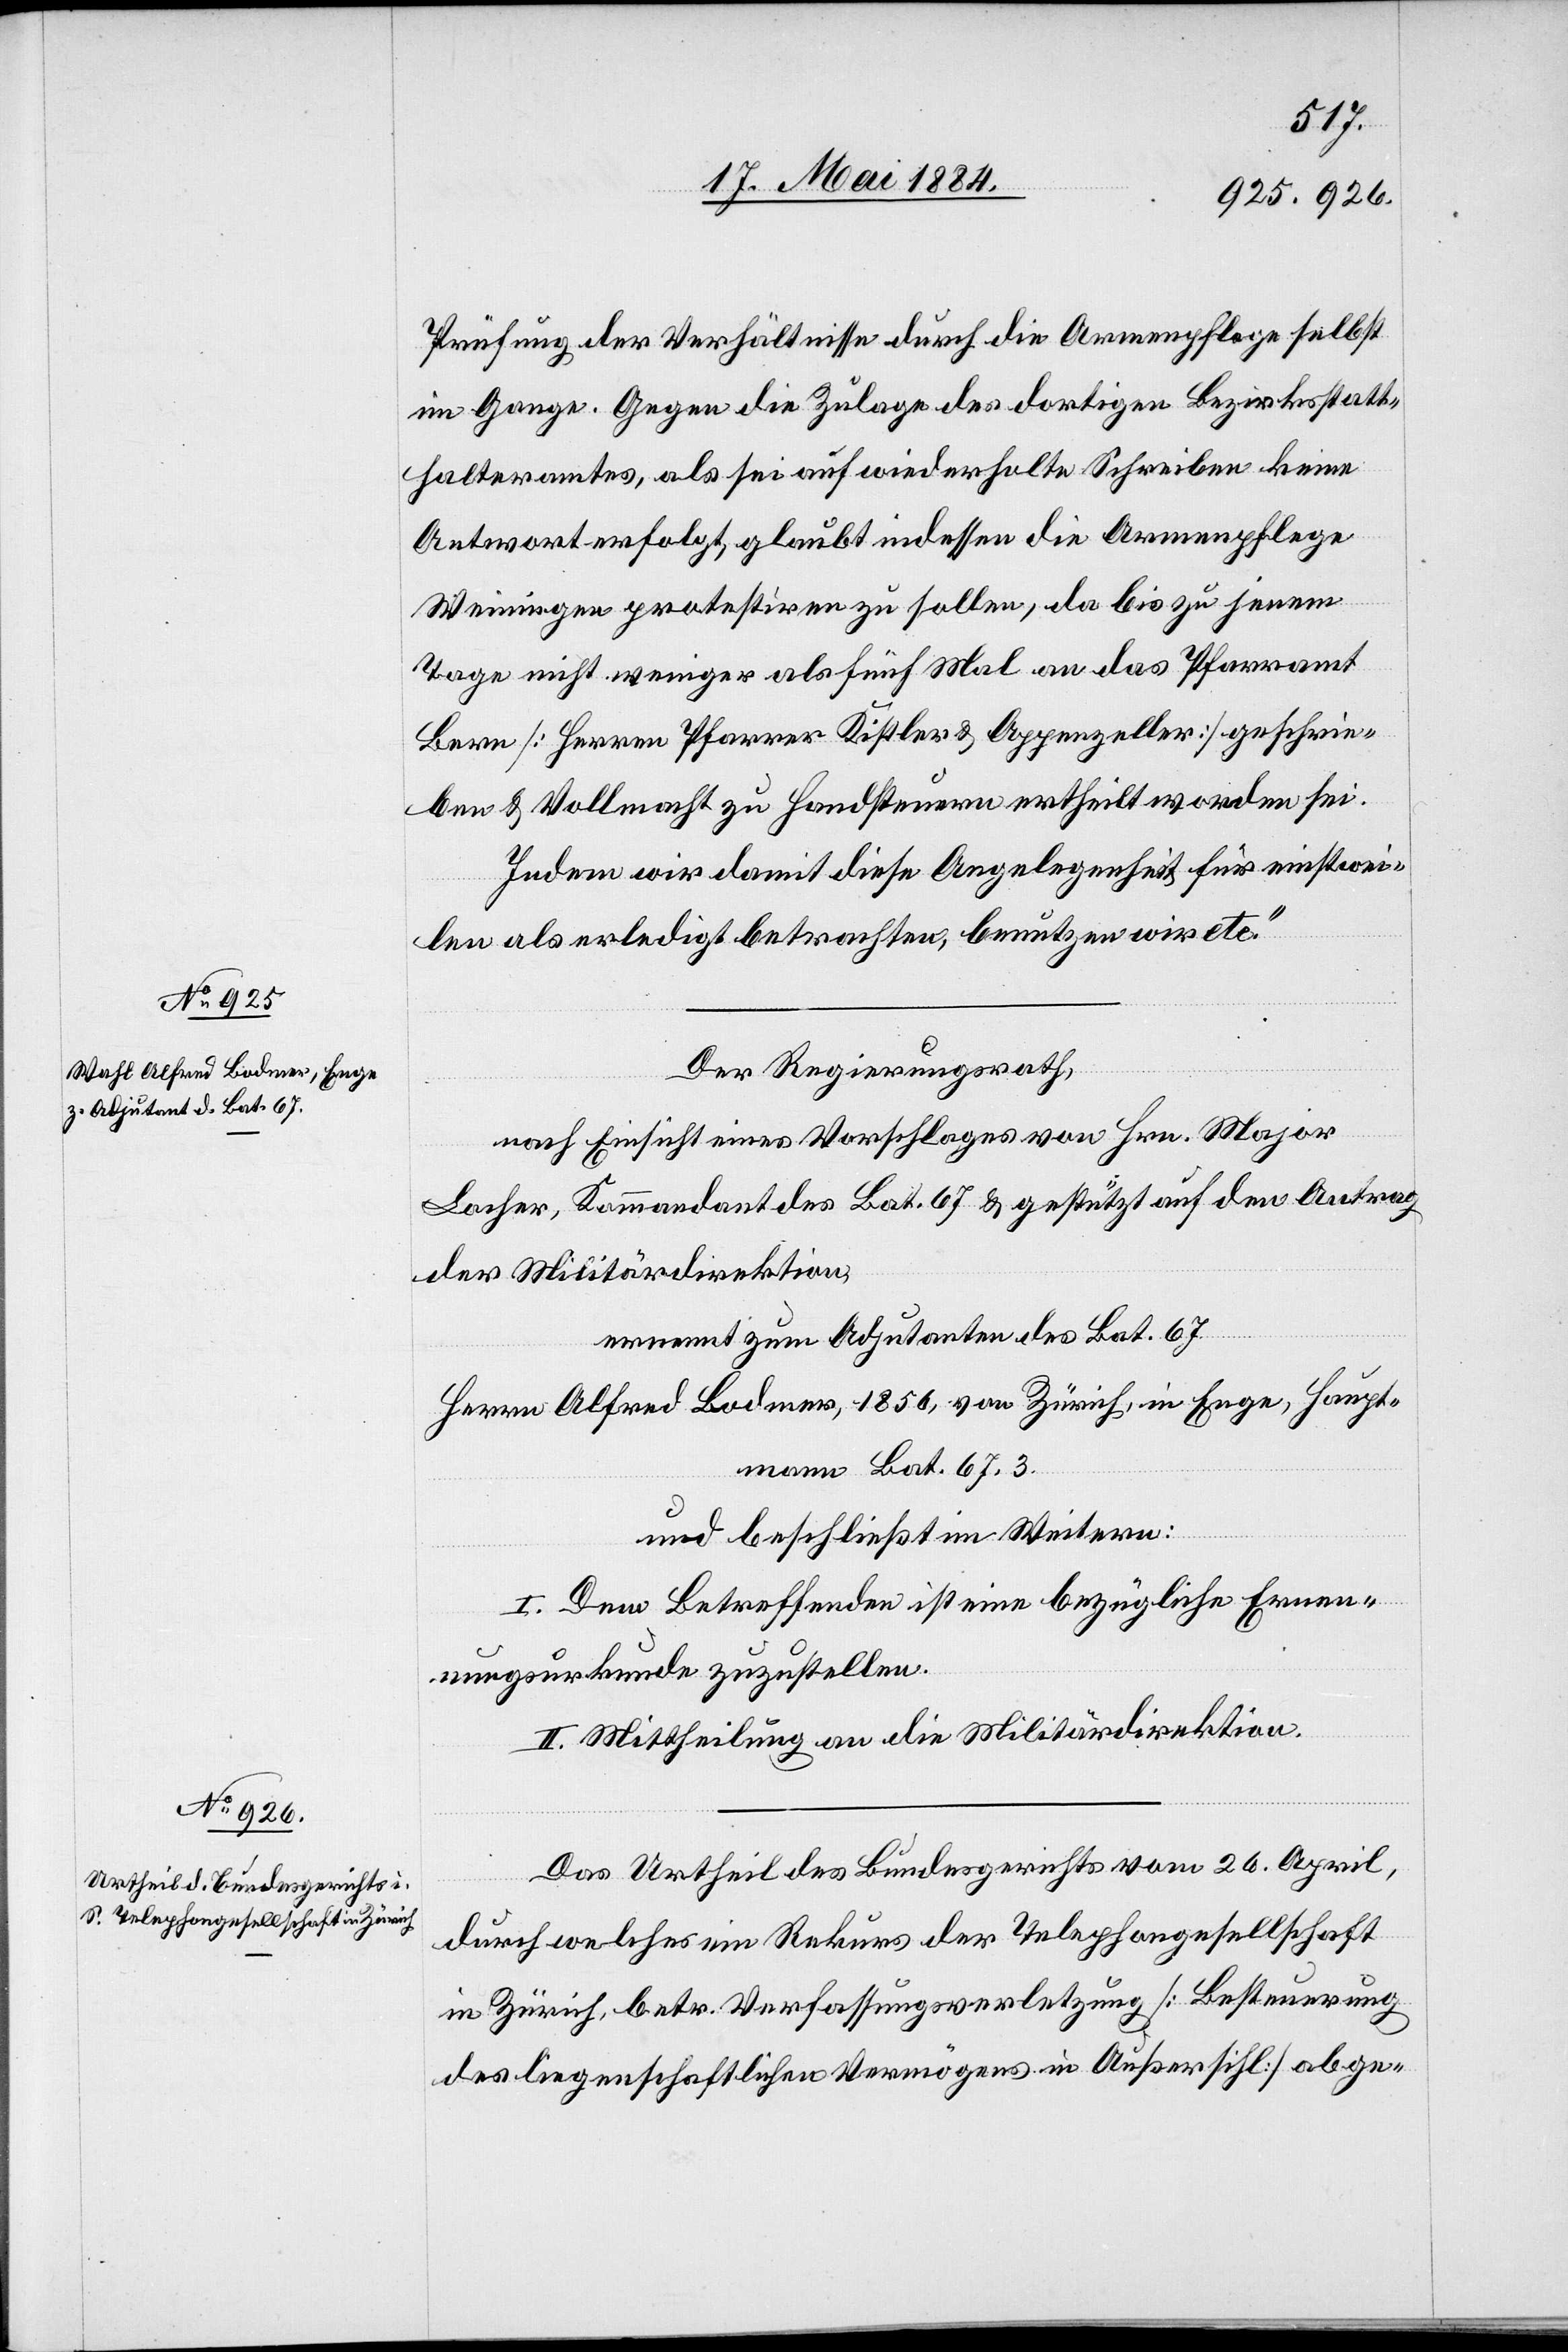
Prüfung der Verhältnisse durch die Armenpflege selbst
im Gange. Gegen die Zulage des dortigen Bezirksstatt¬
halteramtes, als sei auf wiederholte Schreiben keine
Antwort erfolgt, glaubt indessen die Armenpflege
Weiningen protestiren zu sollen, da bis zu jenem
Tage nicht weniger als fünf Mal an das Pfarramt
Bern [Herren Pfarrer Kistler & Appenzeller] geschrie¬
ben & Vollmacht zu Handsteuern ertheilt worden sei.
Indem wir damit diese Angelegenheit für einstwei¬
len als erledigt betrachten, benützen wir etc.“
Der Regierungsrath,
nach Einsicht eines Vorschlages von Hrn. Major
Locher, Kommandant des Bat. 67 & gestützt auf den Antrag
der Militärdirektion,
ernennt zum Adjutanten des Bat. 67
Herrn Alfred Bodmer, 1856, von Zürich, in Enge, Haupt¬
mann Bat. 67.3.
und beschließt im Weitern:
I. Dem Betreffenden ist eine bezügliche Ernen¬
nungsurkunde zuzustellen.
II. Mittheilung an die Militärdirektion.
Das Urtheil des Bundesgerichts vom 26. April,
durch welches ein Rekurs der Telephongesellschaft
in Zürich, betr. Verfassungsverletzung [Besteuerung
des liegenschaftlichen Vermögens in Außersihl] abge-